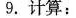
9.计算: